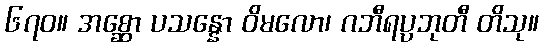
၆၇၀။ အစ္ဆော ပသန္နော ဝိမလော၊ ဂဘီရပ္ပဘုတီ တိသု။